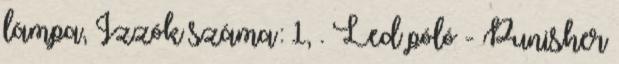
lámpa, Izzók száma: 1, . Led póló - Punisher